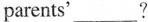
parents'___?